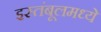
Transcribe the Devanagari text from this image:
इस्तंबूलमध्ये